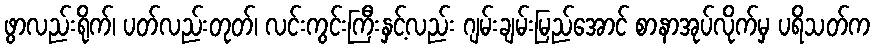
ဖွာလည်းရိုက်၊ ပတ်လည်းတုတ်၊ လင်းကွင်းကြီးနှင့်လည်း ဂျမ်းချမ်းမြည်အောင် စာနာအုပ်လိုက်မှ ပရိသတ်က